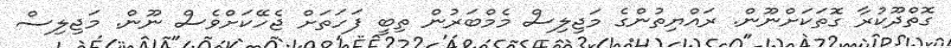
ގޮތްދޫކުރާ ގޮތަކަށްނޫން. ރައްޔިތުންގެ މަޖިލިސް މެމްބަރުން ތިބީ ފަހަތަށް ޖެހޭކަށްވެސް ނޫން. މަޖިލިސް